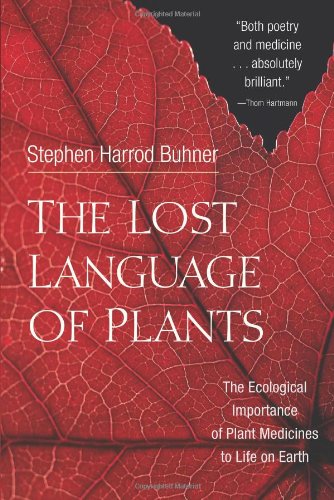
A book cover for The Lost Language of Plants: The Ecological Importance of Plant Medicines for Life on Earth; Stephen Harrod Buhner; Science & Math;